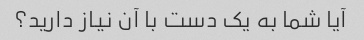
آیا شما به یک دست با آن نیاز دارید؟